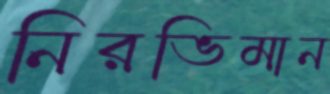
নিরভিমান